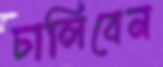
ঢালিবেন